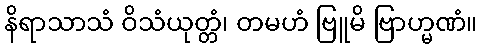
နိရာသာသံ ဝိသံယုတ္တံ၊ တမဟံ ဗြူမိ ဗြာဟ္မဏံ။